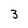
Character: 3